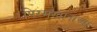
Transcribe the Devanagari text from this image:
पिरमखानाच्या